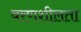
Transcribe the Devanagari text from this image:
वरणशीलता